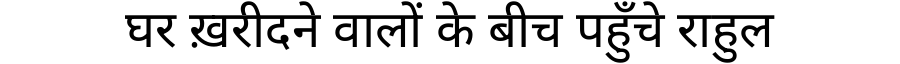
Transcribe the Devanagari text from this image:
घर ख़रीदने वालों के बीच पहुँचे राहुल